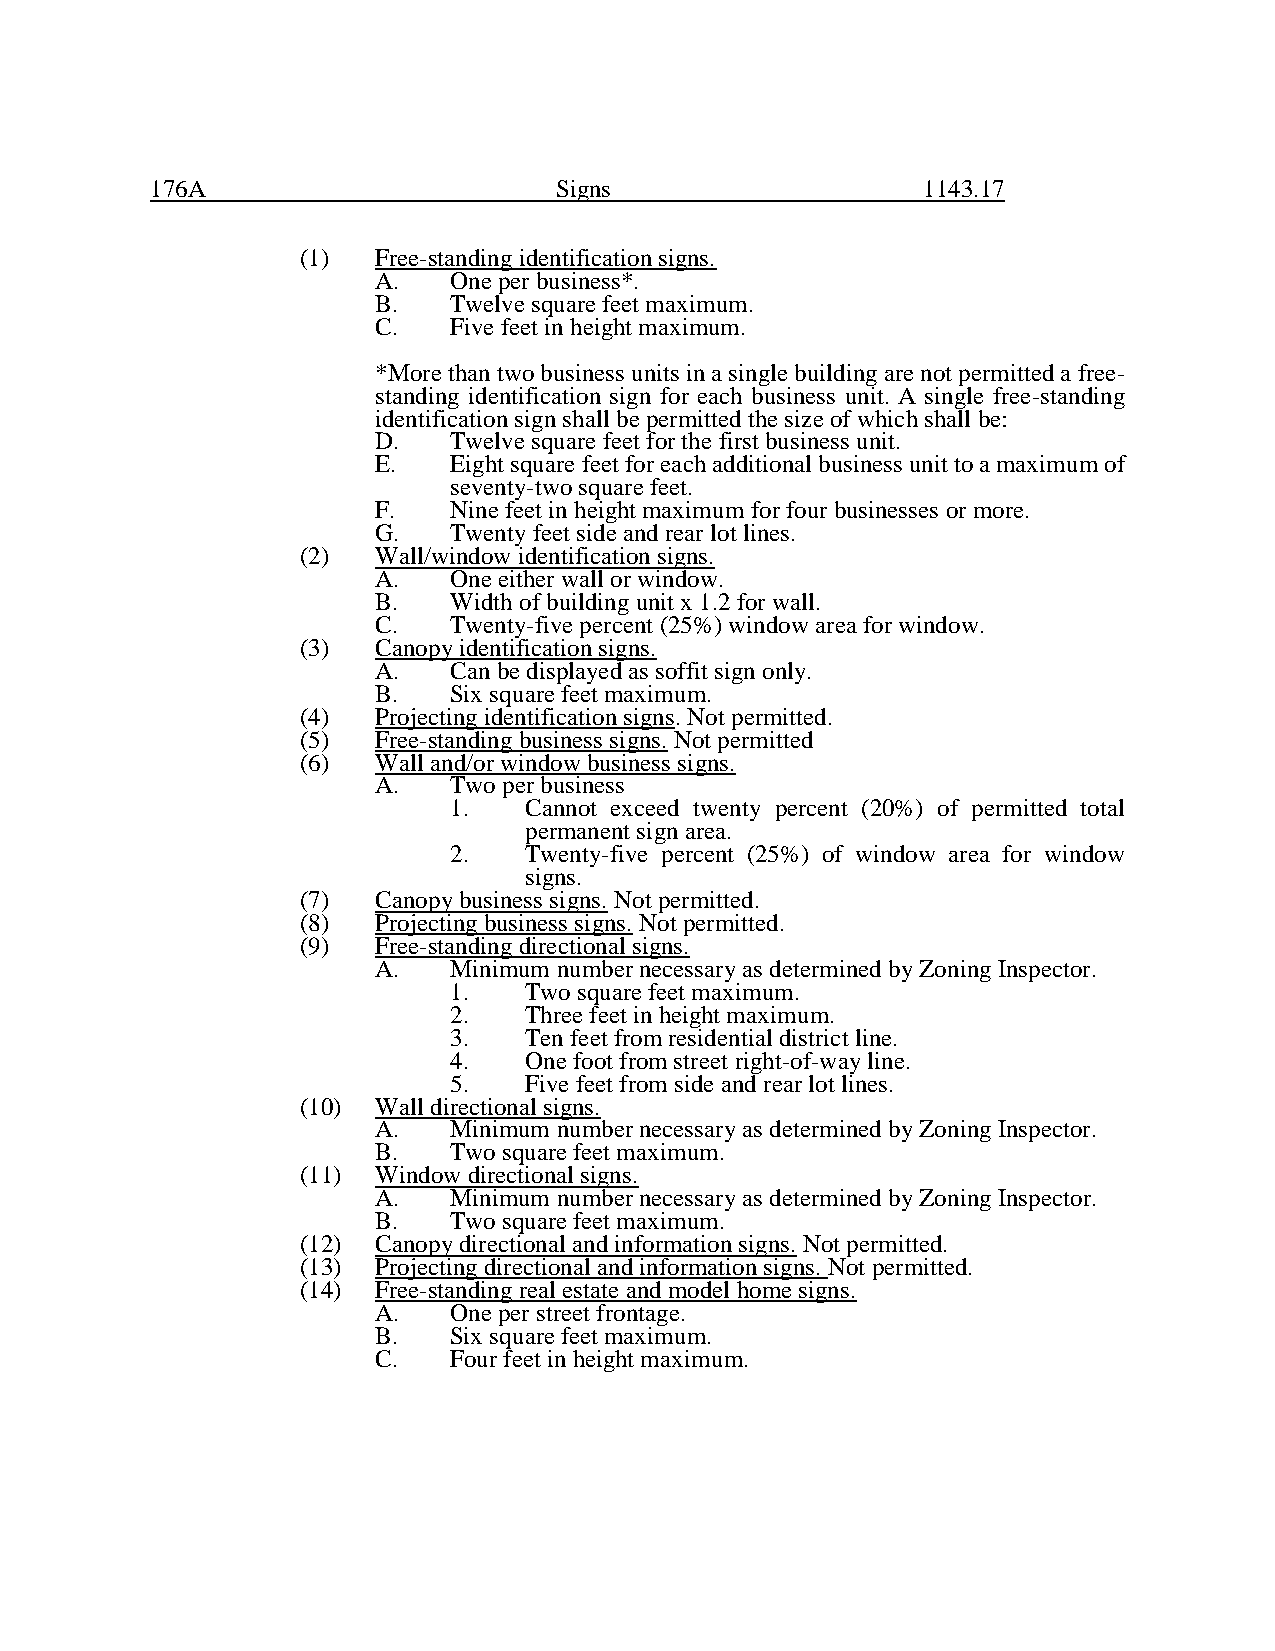
176A                       Signs                   1143.17
 (1)  Free-standing identification signs.
 A.   One per business*.
 B.   Twelve square feet maximum.
 C.   Five feet in height maximum.
 *More than two business units in a single building are not permitted a free-
 standing identification sign for each business unit. A single free-standing
 identification sign shall be permitted the size of which shall be:
 D.   Twelve square feet for the first business unit.
 E.   Eight square feet for each additional business unit to a maximum of
 seventy-two square feet.
 F.   Nine feet in height maximum for four businesses or more.
 G.   Twenty feet side and rear lot lines.
 (2)  Wall/window identification signs.
 A.   One either wall or window.
 B.   Width of building unit x 1.2 for wall.
 C.   Twenty-five percent (25%) window area for window.
 (3)  Canopy identification signs.
 A.   Can be displayed as soffit sign only.
 B.   Six square feet maximum.
 (4)  Projecting identification signs. Not permitted.
 (5)  Free-standing business signs. Not permitted
 (6)  Wall and/or window business signs.
 A.   Two per business
 1.   Cannot exceed twenty percent (20%) of permitted total
 permanent sign area.
 2.   Twenty-five percent (25%) of window area for window
 signs.
 (7)  Canopy business signs. Not permitted.
 (8)  Projecting business signs. Not permitted.
 (9)  Free-standing directional signs.
 A.   Minimum number necessary as determined by Zoning Inspector.
 1.   Two square feet maximum.
 2.   Three feet in height maximum.
 3.   Ten feet from residential district line.
 4.   One foot from street right-of-way line.
 5.   Five feet from side and rear lot lines.
 (10) Wall directional signs.
 A.   Minimum number necessary as determined by Zoning Inspector.
 B.   Two square feet maximum.
 (11) Window directional signs.
 A.   Minimum number necessary as determined by Zoning Inspector.
 B.   Two square feet maximum.
 (12) Canopy directional and information signs. Not permitted.
 (13) Projecting directional and information signs. Not permitted.
 (14) Free-standing real estate and model home signs.
 A.   One per street frontage.
 B.   Six square feet maximum.
 C.   Four feet in height maximum.